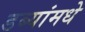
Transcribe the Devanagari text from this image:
डब्यांमधे